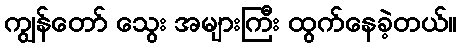
ကျွန်တော် သွေး အများကြီး ထွက်နေခဲ့တယ်။